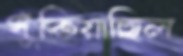
ধুঁকিয়াছিল